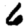
Digit: 6